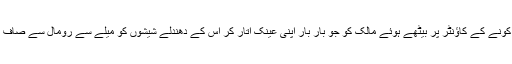
یہاں کے بغیر وردی کے ویٹرس کو، ریستوراں کے ایک کونے کے کاؤنٹر پر بیٹھے ہوئے مالک کو جو بار بار اپنی عینک اتار کر اس کے دھندلے شیشوں کو میلے سے رومال سے صاف کر رہا ہے، ان سب کو اس نے پہلے بھی کبھی دیکھا ہے۔